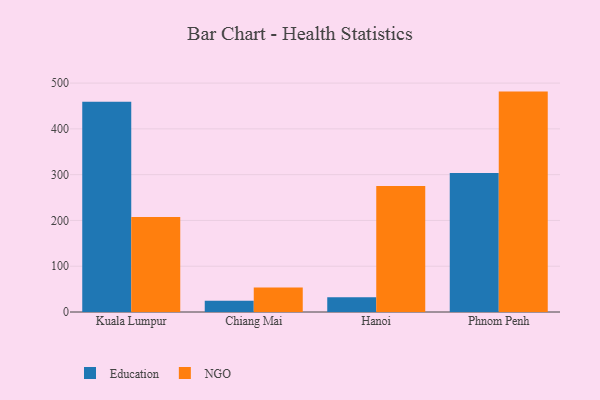
{"axis": {"x": "City", "y": "Inventory Turnover"}, "legend": ["Education", "NGO"], "data": [{"x": "Kuala Lumpur", "y": 459.0, "type": "Education"}, {"x": "Kuala Lumpur", "y": 207.6, "type": "NGO"}, {"x": "Chiang Mai", "y": 24.7, "type": "Education"}, {"x": "Chiang Mai", "y": 53.5, "type": "NGO"}, {"x": "Hanoi", "y": 32.3, "type": "Education"}, {"x": "Hanoi", "y": 275.1, "type": "NGO"}, {"x": "Phnom Penh", "y": 303.4, "type": "Education"}, {"x": "Phnom Penh", "y": 481.4, "type": "NGO"}]}